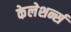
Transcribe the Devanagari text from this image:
केलेशर्न्स